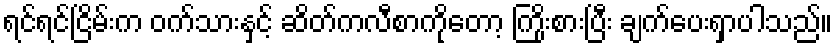
ရင်ရင်ငြိမ်းက ဝက်သားနှင့် ဆိတ်ကလီစာကိုတော့ ကြိုးစားပြီး ချက်ပေးရှာပါသည်။